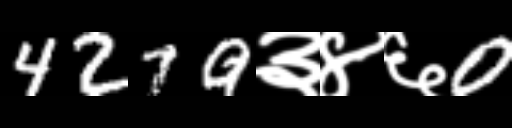
Text: 4279३४६0